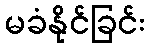
မခံနိုင်ခြင်း